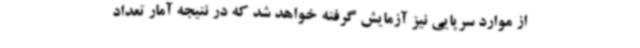
از موارد سرپایی نیز آزمایش گرفته‌ خواهد شد که در نتیجه آمار تعداد